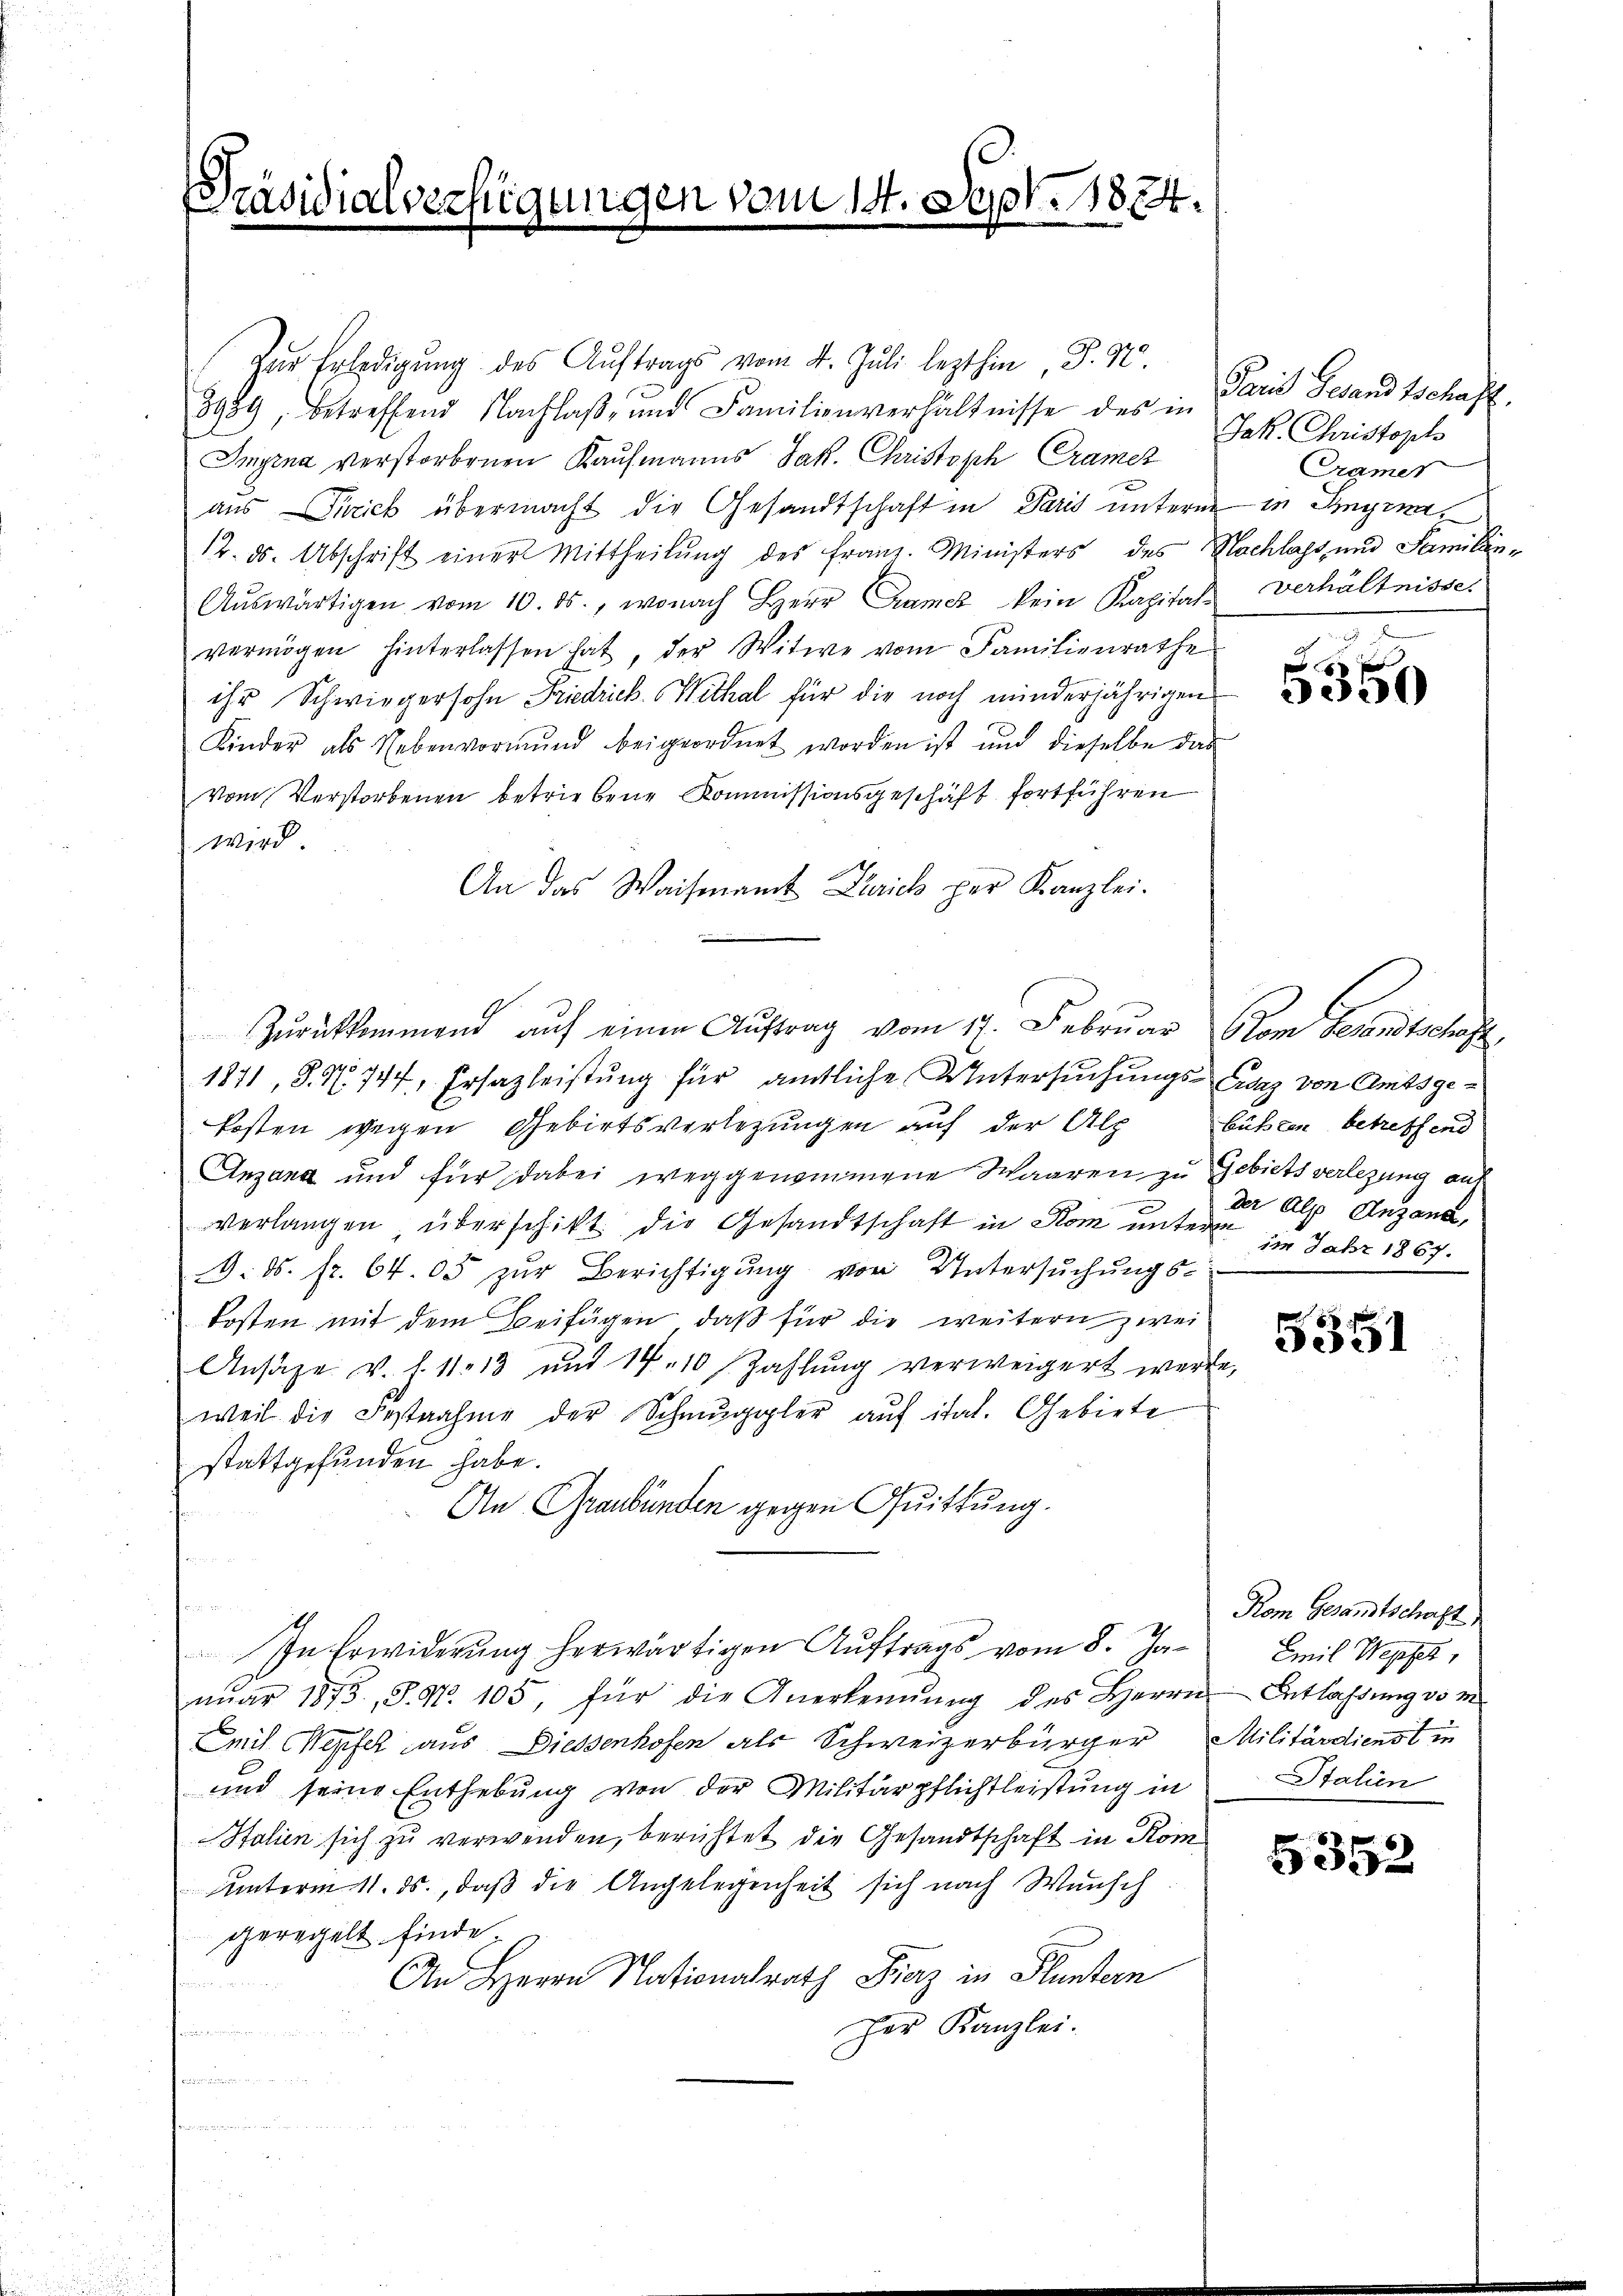
Präsidialverfügungen vom 14. Sept. 1884.

Zur Erledigŭng des Aŭftrags vom 4. Juli lezthin, d. M.
8939, betreffend Nachlaβ- und Familienverhältnisse des in
Imgina verstorbenen Kaufmanns Jak. Christoph Cramez
aus Strick übermacht die Gesandtschaft in Paris unterm in Ingen,
12. ds. Abschrift einer Mittheilung des Franz. Ministers des Nachlass und Famillin¬
Aŭswärtigen vom 10. ds., wonach Herr Camer kein Kapital verhältnisse.
vermögen hinterlassen hat, der Witwe vom Familienrathe
ihr Schwiegersohn Friedrich. Mithal für die noch minderjährigen
Kinder als Nebenvormŭnd beigeordnet worden ist und dieselbe das
Vom Verstorbenen betriebene Kommissionsgeschäft fortführen
wird.
An das Waisenamt Zürich per Kanzlei-
1871, S. S. 747, Ersazleistung für ämtliche Untersuchungs-Eiaz von Amtsgekosten wegen Gebietsverlegungen auf der Alp
Angang und für dabei weggenommene Waaren zu Gebiets verlegung auf
verlangen überschickt die Gesandtschaft in Rom unter der Alp Anzand,
9. ds. fr. 64. 05 zur Berichtigung von Untersuchungskosten mit dem Beifügen, daß für die weitern zwei
Ansage v. l. 11. 13 und 14.10 Zahlung verweigert werde,
weil die Festnahme der Schmuggler aŭf ital. Gebiete
stattgefunden habe.
An Graubünden gegen Quittung.
In Erwiderŭng herwärtigen Aŭftrags vom 8. Janŭar 1875, S. Nr. 105, für die Anerkennung des Herrn
Emil Wepfel aus Diessenhofen als Schweizerbürger Militärdienst in
und seine Enthebung von der Militärpflichtleistung in
Italien sich zu verwenden, berichtet die Gesandtschaft in Kom¬
Unterm 11. ds., daß die Angelegenheit sich nach Wunsch
geregelt finde
An Herrn Nationalrath Franz in Fluntern
d
her Kanzlei.
.
henden

Zurückkommend auf einen Auftrag vom 17. Februar Atom Gesandtschaft,

Pani Gesandtschaft.
Jak. Christoph
Cramer

00

bühlen betreffend
im Jahr 1867.

1

5351

Kom Gesandtschaft
Emil Wepfes,
Entlassung vom
Stalien

5352